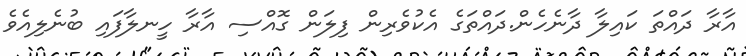
އާރާ ދައްތަ ކައިލާ ދާނެހެން.ދައްތަގެ އެކުވެރިން ފިލަން ގޮއްސި އާރާ ހީނލާފައި ބުނެލިއެވެ